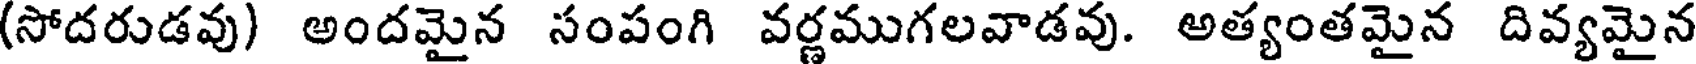
(సోదరుడవు) అందమైన సంపంగి వర్ణముగలవాడవు. అత్యంతమైన దివ్యమైన